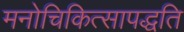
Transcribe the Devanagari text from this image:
मनोचिकित्सापद्धति